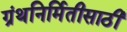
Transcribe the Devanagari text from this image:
ग्रंथनिर्मितीसाठी